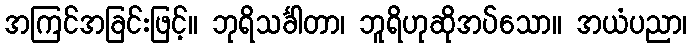
အကြင်အခြင်းဖြင့်။ ဘုရိသင်္ခါတာ၊ ဘူရိဟုဆိုအပ်သော။ အယံပညာ၊